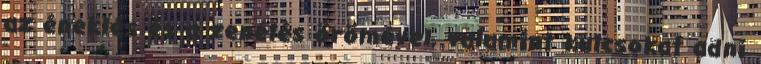
az éneklés és a zenélés örömével, valamint kulcsokat adni